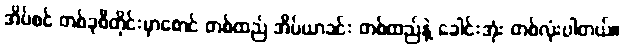
အိပ်စင် တစ်ခုစီတိုင်းမှာစောင် တစ်ထည် အိပ်ယာခင်း တစ်ထည်နဲ့ ခေါင်းအုံး တစ်လုံးပါတယ်။